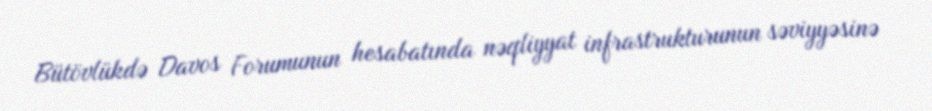
Bütövlükdə Davos Forumunun hesabatında nəqliyyat infrastrukturunun səviyyəsinə